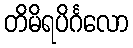
တိမိရပိင်္ဂလော